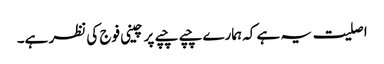
اصلیت یہ ہے کہ ہمارے چپے چپے پر چینی فوج کی نظر ہے۔